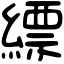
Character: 縹